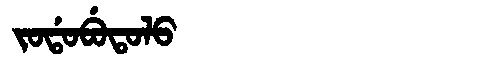
Manchu: ᠵᠣᡩᠣᠪᡠᡨᠣᠯᠣ
Romanization: JODOBUTOLO